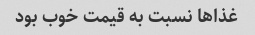
غذاها نسبت به قیمت خوب بود